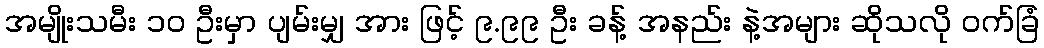
အမျိုးသမီး ၁၀ ဦးမှာ ပျမ်းမျှ အား ဖြင့် ၉.၉၉ ဦး ခန့် အနည်း နဲ့အများ ဆိုသလို ဝက်ခြံ